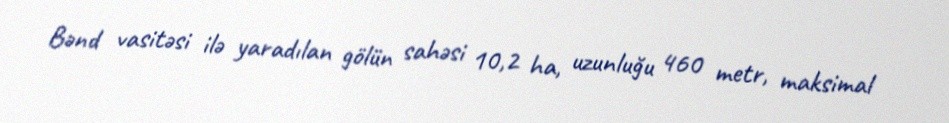
Bənd vasitəsi ilə yaradılan gölün sahəsi 10,2 ha, uzunluğu 460 metr, maksimal